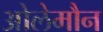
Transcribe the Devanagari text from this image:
ओलेमौन